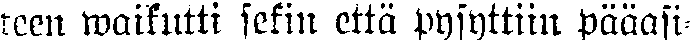
teen waikutti sekin että pysyttiin pääasi-